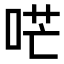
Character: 𠴏